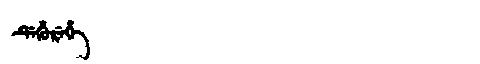
Manchu: ᡩᡝᡥᡠᡵᡝᡥᡝ
Romanization: DEHUREHE